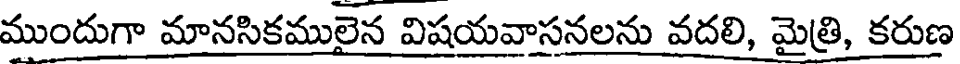
ముందుగా మానసికములైన విషయవాసనలను వదలి, మైత్రి, కరుణ